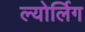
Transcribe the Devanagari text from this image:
ल्योर्लिग